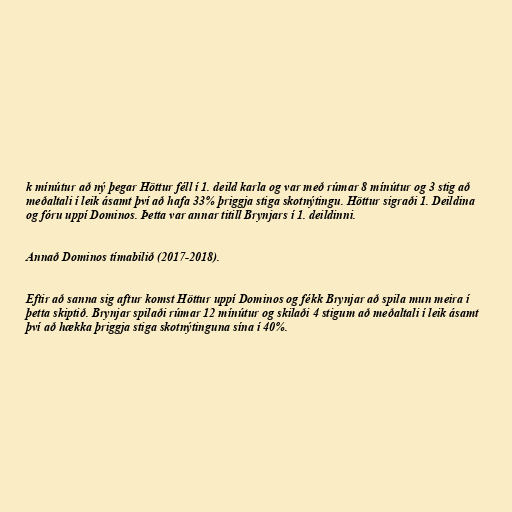
k mínútur að ný þegar Höttur féll í 1. deild karla og var með rúmar 8 mínútur og 3 stig að
meðaltali í leik ásamt því að hafa 33% þriggja stiga skotnýtingu. Höttur sigraði 1. Deildina
og fóru uppí Dominos. Þetta var annar titill Brynjars í 1. deildinni.

Annað Dominos tímabilið (2017-2018).

Eftir að sanna sig aftur komst Höttur uppí Dominos og fékk Brynjar að spila mun meira í
þetta skiptið. Brynjar spilaði rúmar 12 mínútur og skilaði 4 stigum að meðaltali í leik ásamt
því að hækka þriggja stiga skotnýtinguna sína í 40%.